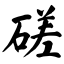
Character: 磋